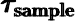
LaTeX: \pmb{\tau_{\mathrm{sample}}}